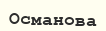
Османова